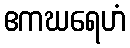
ဧကဃရေဟံ